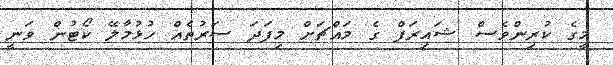
މީގެ ކުރިންވެސް ޝައިރަފް ގެ މައްޗަށް މިފަދަ ސަރުތެއް ހުޅުމާލޭ ކޯޓުން ވަނީ